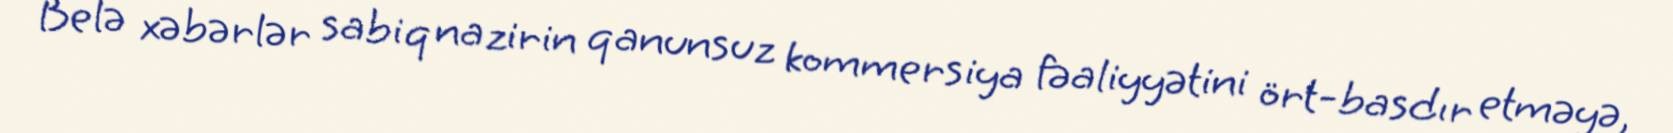
Belə xəbərlər sabiq nazirin qanunsuz kommersiya fəaliyyətini ört-basdır etməyə,